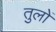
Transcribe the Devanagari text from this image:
तुलों